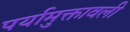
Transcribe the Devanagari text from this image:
पर्यामुक्तावली